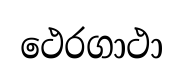
ථෙරගාථා